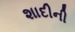
શાદીની